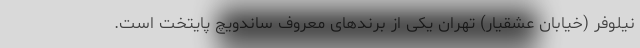
نیلوفر (خیابان عشقیار) تهران یکی از برندهای معروف ساندویچ پایتخت است.